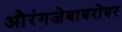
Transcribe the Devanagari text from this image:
औरंगजेबाबरोबर